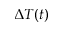
\Delta T ( t )